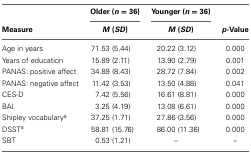
|  | Older (n = 36) | Younger (n = 36) |  |
 | Measure | M (SD) | M (SD) | p-Value |
 | --- | --- | --- | --- |
 | Age in years | 71.53 (5.44) | 20.22 (3.12) | 0.000 |
 | Years of education | 15.89 (2.11) | 13.90 (2.79) | 0.001 |
 | PANAS: positive affect | 34.89 (8.43) | 28.72 (7.84) | 0.002 |
 | PANAS: negative affect | 11.42 (3.53) | 13.50 (4.88) | 0.041 |
 | CES-D | 7.42 (5.56) | 16.61 (8.81) | 0.000 |
 | BAI | 3.25 (4.19) | 13.08 (6.61) | 0.000 |
 | Shipley vocabularya | 37.25 (1.71) | 27.86 (3.56) | 0.000 |
 | DSSTa | 58.81 (15.76) | 86.00 (11.36) | 0.000 |
 | SBT | 0.53 (1.21) | – | – |